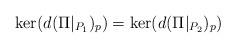
LaTeX: \begin{align*} \ker (d(\Pi|_{P_1})_p ) = \ker (d(\Pi|_{P_2})_p ) \end{align*}